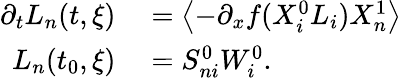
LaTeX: \begin{array}{rl}{\partial_{t}L_{n}(t,\xi)}&{{}=\left\langle-\partial_{x}f(X_{i}^{0}L_{i})X_{n}^{1}\right\rangle}\\ {L_{n}(t_{0},\xi)}&{{}=S_{ni}^{0}W_{i}^{0}.}\end{array}